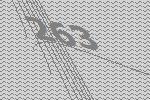
263